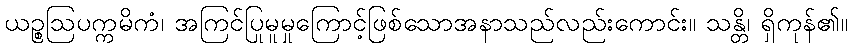
ယဉ္စဩပက္ကမိကံ၊ အကြင်ပြုမူမှုကြောင့်ဖြစ်သောအနာသည်လည်းကောင်း။ သန္တိ၊ ရှိကုန်၏။